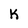
Character: K